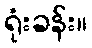
ရုံးခန်း။